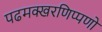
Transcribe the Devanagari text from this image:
पढमक्खरणिप्पणो